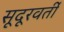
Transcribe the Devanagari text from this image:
सूदूरवर्ती